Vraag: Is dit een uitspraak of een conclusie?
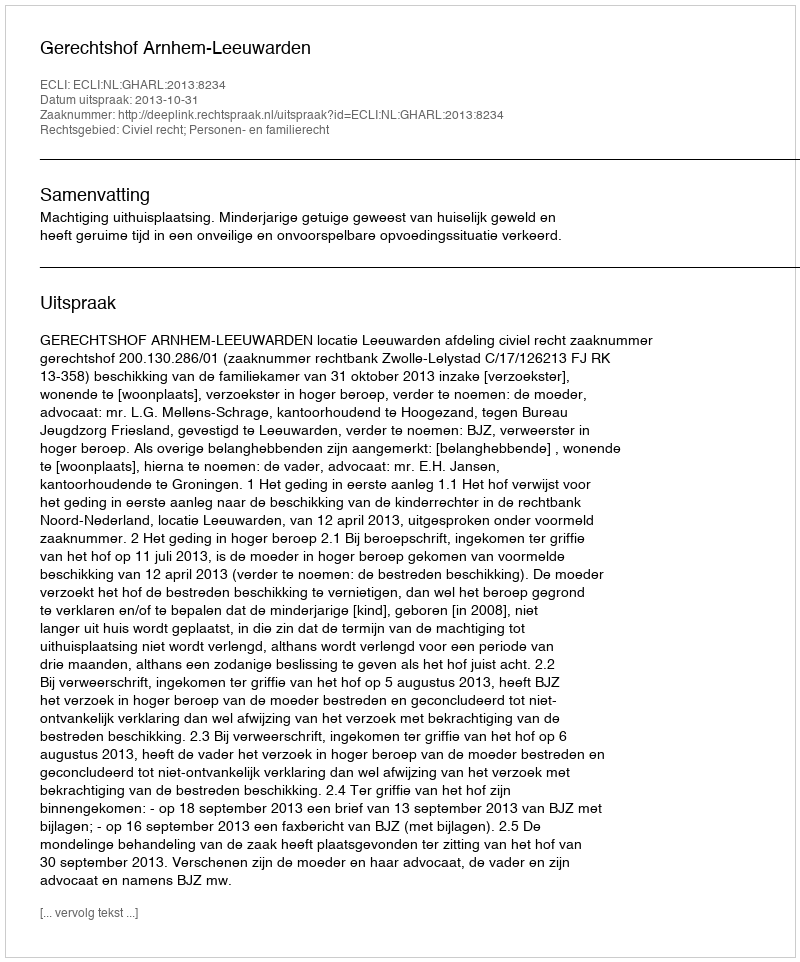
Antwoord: Uitspraak